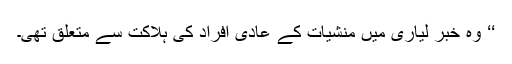
‘‘ وہ خبر لیاری میں منشیات کے عادی افراد کی ہلاکت سے متعلق تھی۔